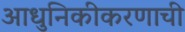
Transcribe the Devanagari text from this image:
आधुनिकीकरणाची